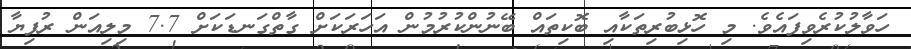
ހަވާލުކުރެވިފައެވެ. މި ހޮޅިބުރިތަކާއި ބޮކިތައް ބޭނުންކުރުމުން އަހަރަކަށް ގާތްގަނޑަކަށް 7.7 މިލިއަން ރުފިޔާ